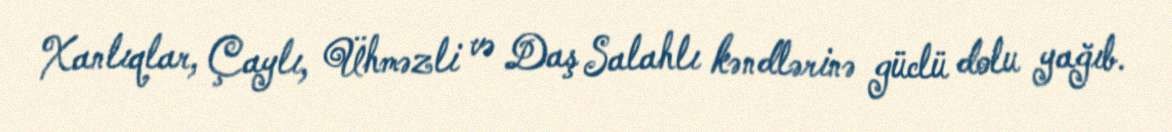
Xanlıqlar, Çaylı, Ühməzli və Daş Salahlı kəndlərinə güclü dolu yağıb.